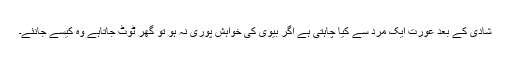
شادی کے بعد عورت ایک مرد سے کیا چاہتی ہے اگر بیوی کی خواہش پوری نہ ہو تو گھر ٹوٹ جاتاہے وہ کیسے جانئے۔